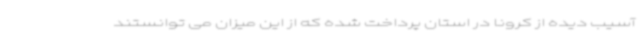
آسیب دیده از کرونا در استان پرداخت شده که از این میزان می توانستند